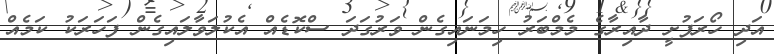
އަދި ހޯރަފުށީ ދާއިރާގެ މެމްބަރު ހިމަނައިގެން ވަރުގަދަ ސްކޮޑެއް އެކުލަވާލައިގެން ފަހަރަކު ކަމެއް